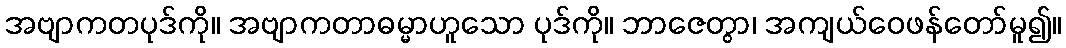
အဗျာကတပုဒ်ကို။ အဗျာကတာဓမ္မာဟူသော ပုဒ်ကို။ ဘာဇေတွာ၊ အကျယ်ဝေဖန်တော်မူ၍။